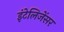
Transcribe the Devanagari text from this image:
इंटेलिजेंसर